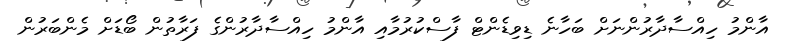
އާންމު ހިއްސާދާރުންނަށް ބަހާނެ ޑިވިޑެންޓް ފާސްކުރުމާއި އާންމު ހިއްސާދާރުންގެ ފަރާތުން ބޯޑަށް މެންބަރުން